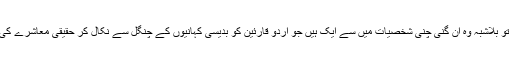
اگر مجموعی طور پر ان کے ادبی کارہائے نمایاں کی بات کی جائے تو بلاشبہ وہ اُن گنی چنی شخصیات میں سے ایک ہیں جو اُردو قارئین کو بدیسی کہانیوں کے چُنگل سے نکال کر حقیقی معاشرے کی تلخ حقیقی کہانیوں کی طرف لائے جو ان کی بہت بڑی کامیابی تھی۔